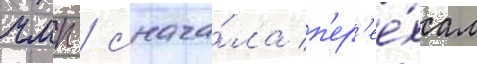
чмп / снача́ла п'ер'ее́хал